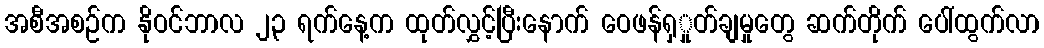
အစီအစဉ်က နိုဝင်ဘာလ ၂၃ ရက်နေ့က ထုတ်လွှင့်ပြီးနောက် ဝေဖန်ရှှုတ်ချမှုတွေ ဆက်တိုက် ပေါ်ထွက်လာ